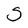
Character: S